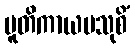
ပူတိကာယမသုစိံ